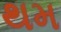
થમ